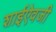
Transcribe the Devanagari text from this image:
शाईऐवजी